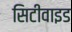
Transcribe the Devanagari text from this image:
सिटीवाइड